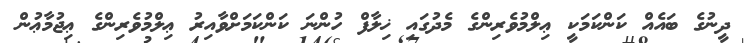
ދީނުގެ ބައެއް ކަންކަމަކީ ޢިލްމުވެރިންގެ މެދުގައި ޚިލާފް ހުންނަ ކަންކަމަށްވާއިރު ޢިލްމުވެރިންގެ ޢިޖުމާޢުން